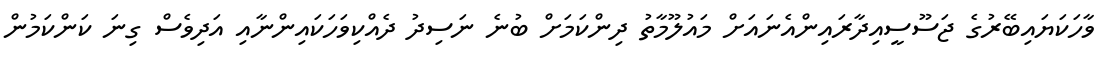
ވާހަކަޔައިބޭރުގެ ޖަސޫސީއިދާރައިންއެނައަށް މައުލޫމާތު ދިންކަމަށް ބުނެ ނަސިދު ދެއްކިވަހަކައިންނާއި އަދިވެސް ގިނަ ކަންކަމުން